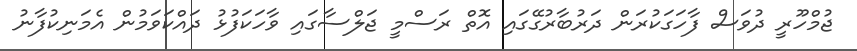
ޖުމްހޫރީ ދުވަސް ފާހަގަކުރަން ދަރުބާރުގޭގައި އޮތް ރަސްމީ ޖަލްސާގައި ވާހަކަފުޅު ދައްކަވަމުން އެމަނިކުފާނު